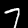
Digit: 7